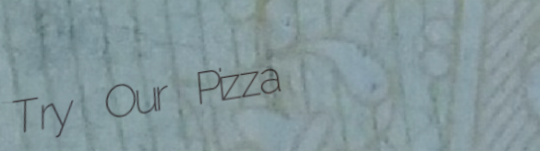
Try Our Pizza